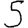
Digit: 5